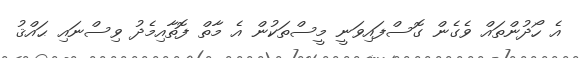
އެ ހޯދުންތައް ވެގެން ގޮސްފައިވަނީ މީސްތަކުން އެ މާތް ފޮތާއިމެދު ވިސްނައި ޙައްޤު